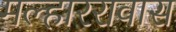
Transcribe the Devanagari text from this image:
मल्हाररावास